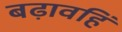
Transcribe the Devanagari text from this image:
बढ़ावहिं